Vaccination in Bombay 1902-1912 - 1902-1912
Year: 1902
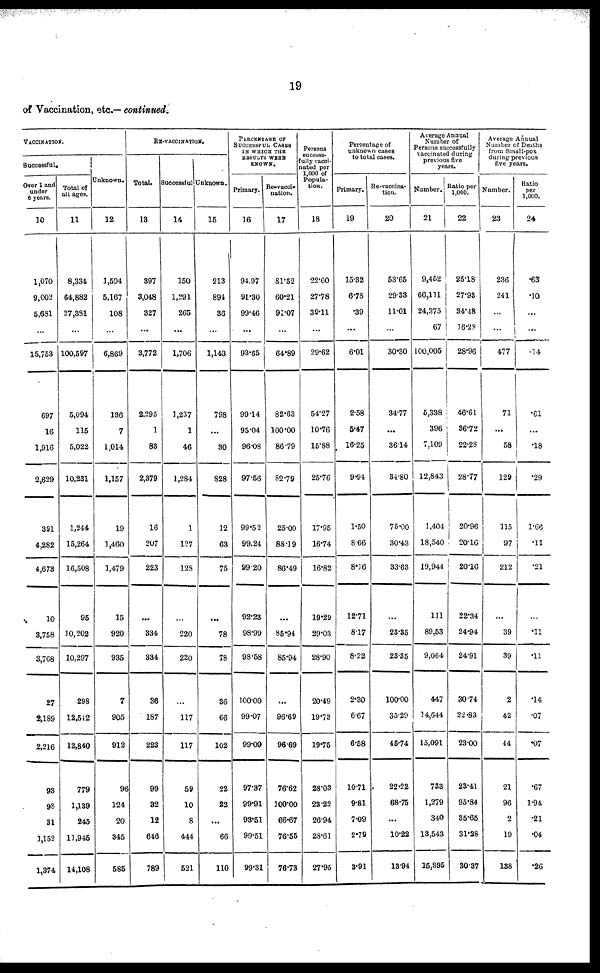
19
of Vaccination, etc.— continued.
VACCINATION.
Successful.
Over 1 and
under
6 years.
10
1,070
9,002
5,681
...
15,753
697
16
1,916
2,629
391
4,282
4,673
10
3,758
3,768
27
2,189
2,216
93
98
31
1,152
1,374
Total of
all ages.
11
8,334
64,882
27,381
...
100,597
5,094
115
5,022
10,231
1,244
15,264
16,508
95
10,202
10,297
298
12,542
12,840
779
1,139
245
11,945
14,108
Unknown.
12
1,594
5,167
108
...
6,869
136
7
1,014
1,157
19
1,460
1,479
15
920
935
7
905
912
96
124
20
345
585
RE-VACCINATION.
Total.
13
397
3,048
327
...
3,772
2,295
1
83
2,379
16
207
223
...
334
334
36
187
223
99
32
12
646
789
Successful
14
150
1,291
265
...
1,706
1,237
1
46
1,284
1
127
128
...
220
220
...
117
117
59
10
8
444
521
Unknown.
15
213
894
36
...
1,143
798
...
30
828
12
63
75
...
78
78
36
66
102
22
22
...
66
110
PERCENTAGE OF
SUCCESSFUL CASES
IN WHICH THE
RESULTS WERE
KNOWN.
Primary.
16
94.97
91.30
99.46
...
93.65
99.14
95.04
96.08
97.56
99.52
99.24
99.20
92.23
98.99
98.58
100.00
99.07
99.09
97.37
99.91
93.51
99.51
99.31
Re-vacci¬
nation.
17
81.52
60.21
91.07
...
64.89
82.63
100.00
86.79
82.79
25.00
88.19
86.49
...
85.94
85.94
...
96.69
96.69
76.62
100.00
66.67
76.55
76.73
Persons
success¬
fully vacci¬
nated per
1,000 of
Popula-
tion.
18
22.60
27.78
39.11
...
29.62
54.27
10.76
15.88
25.76
17.95
16.74
16.82
19.29
29.03
28.90
20.49
19.73
19.75
28.03
23.22
26.94
28.61
27.95
Percentage of
unknown cases
to total cases.
Primary.
19
15.32
6.78
.39
...
6.01
2.58
5.47
16.25
9.94
1.50
8.66
8.16
12.71
8.17
8.22
2.30
6.67
6.58
10.71
9.81
7.09
2.79
3.91
Re-vaccina¬
tion.
20
53.65
29.33
11.01
...
30.30
34.77
...
36.14
34.80
75.00
30.43
33.63
...
23.35
23.35
100.00
35.29
45.74
22.22
68.75
...
10.22
13.94
Average Annual
Number of
Persons successfully
vaccinated during
previous five
years.
Number
21
9,452
66,111
24,375
67
100,005
5,338
396
7,109
12,843
1,404
18,540
19,944
111
89,53
9,064
447
14,644
15,091
733
1,279
340
13,543
15,895
Ratio Per
1,000
22
25.18
27.93
34.48
16.28
28.96
46.61
36.72
22.28
28.77
20.96
20.16
20.16
22.34
24.94
24.91
30.74
22.83
23.00
23.41
95.84
35.65
31.28
30.37
Average Annual
Number of Deaths
from Small-pox
during previous
five years.
Number.
23
236
241
...
...
477
71
...
58
129
115
97
212
...
39
39
2
42
44
21
96
2
19
138
Ratio
per
1,000.
24
.63
.10
...
...
.14
.61
...
.18
.29
1.66
.11
.21
...
.11
.11
.14
.07
.07
.67
1.94
.21
.04
.26